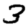
Digit: 3